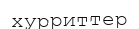
хурриттер